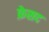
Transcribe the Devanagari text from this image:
फ़ेसद